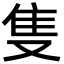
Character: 隻